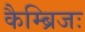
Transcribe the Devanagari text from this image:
कैम्ब्रिजः